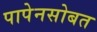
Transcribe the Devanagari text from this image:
पापेनसोबत